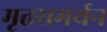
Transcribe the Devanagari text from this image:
मृतसमर्थन